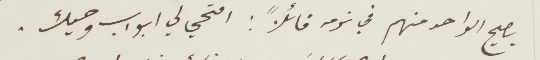
يصيح الواحد منهم في نومه قائلًا: امحي لي أبواو وحيك.